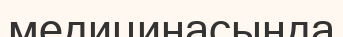
медицинасында